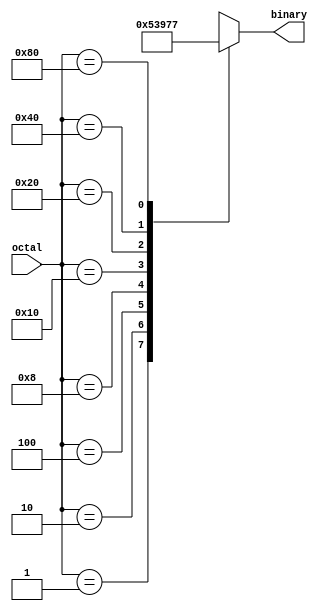
 module octal_to_binary_encoder(input [7:0] octal, 
                                output reg [2:0] binary);
	
  always@(*) begin
    case(octal)
	    8'b0000_0001 : binary = 3'b000; 
        8'b0000_0010 : binary = 3'b001;
        8'b0000_0100 : binary = 3'b010;
        8'b0000_1000 : binary = 3'b011;
        8'b0001_0000 : binary = 3'b100;
        8'b0010_0000 : binary = 3'b101;
        8'b0100_0000 : binary = 3'b110;
        8'b1000_0000 : binary = 3'b111;
        default: binary = 3'bxxx;
	
	endcase
  
  end


 endmodule